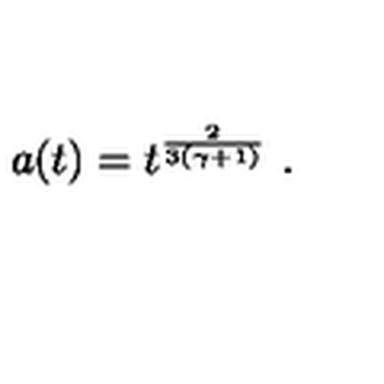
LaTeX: a ( t ) = t ^ { \frac { 2 } { 3 ( \gamma + 1 ) } } \ .